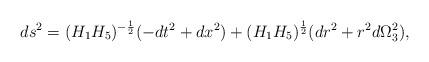
LaTeX: \begin{align*}ds^2 = (H_1 H_5)^{-\frac{1}{2}} (-dt^2 + dx^2) + (H_1H_5)^{\frac{1}{2}} (dr^2 + r^2 d\Omega_3^2),\end{align*}